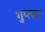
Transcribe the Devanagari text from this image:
गुप्‍त्या